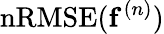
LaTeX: \mathrm{nRMSE}(\mathbf{f}^{(n)})